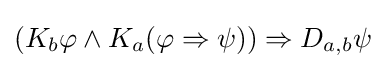
(K_{b}\varphi \land K_{a}(\varphi \Rightarrow \psi ))\Rightarrow D_{a,b}\psi